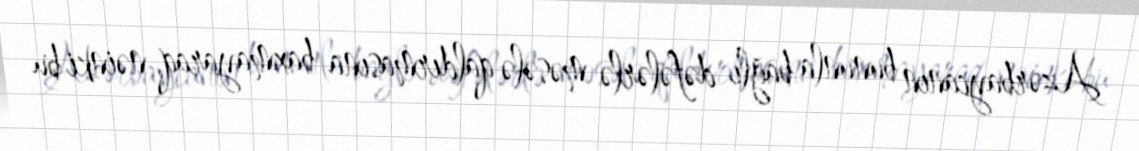
Azərbaycanın bununla bağlı dəfələrlə məsələ qaldırmasına baxmayaraq, nəinki bu